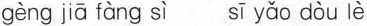
gèng jiā fàng sì sī yǎo dòu lè